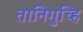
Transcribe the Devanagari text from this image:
तानिगुच्हि